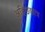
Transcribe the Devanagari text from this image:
अहिछछात्र